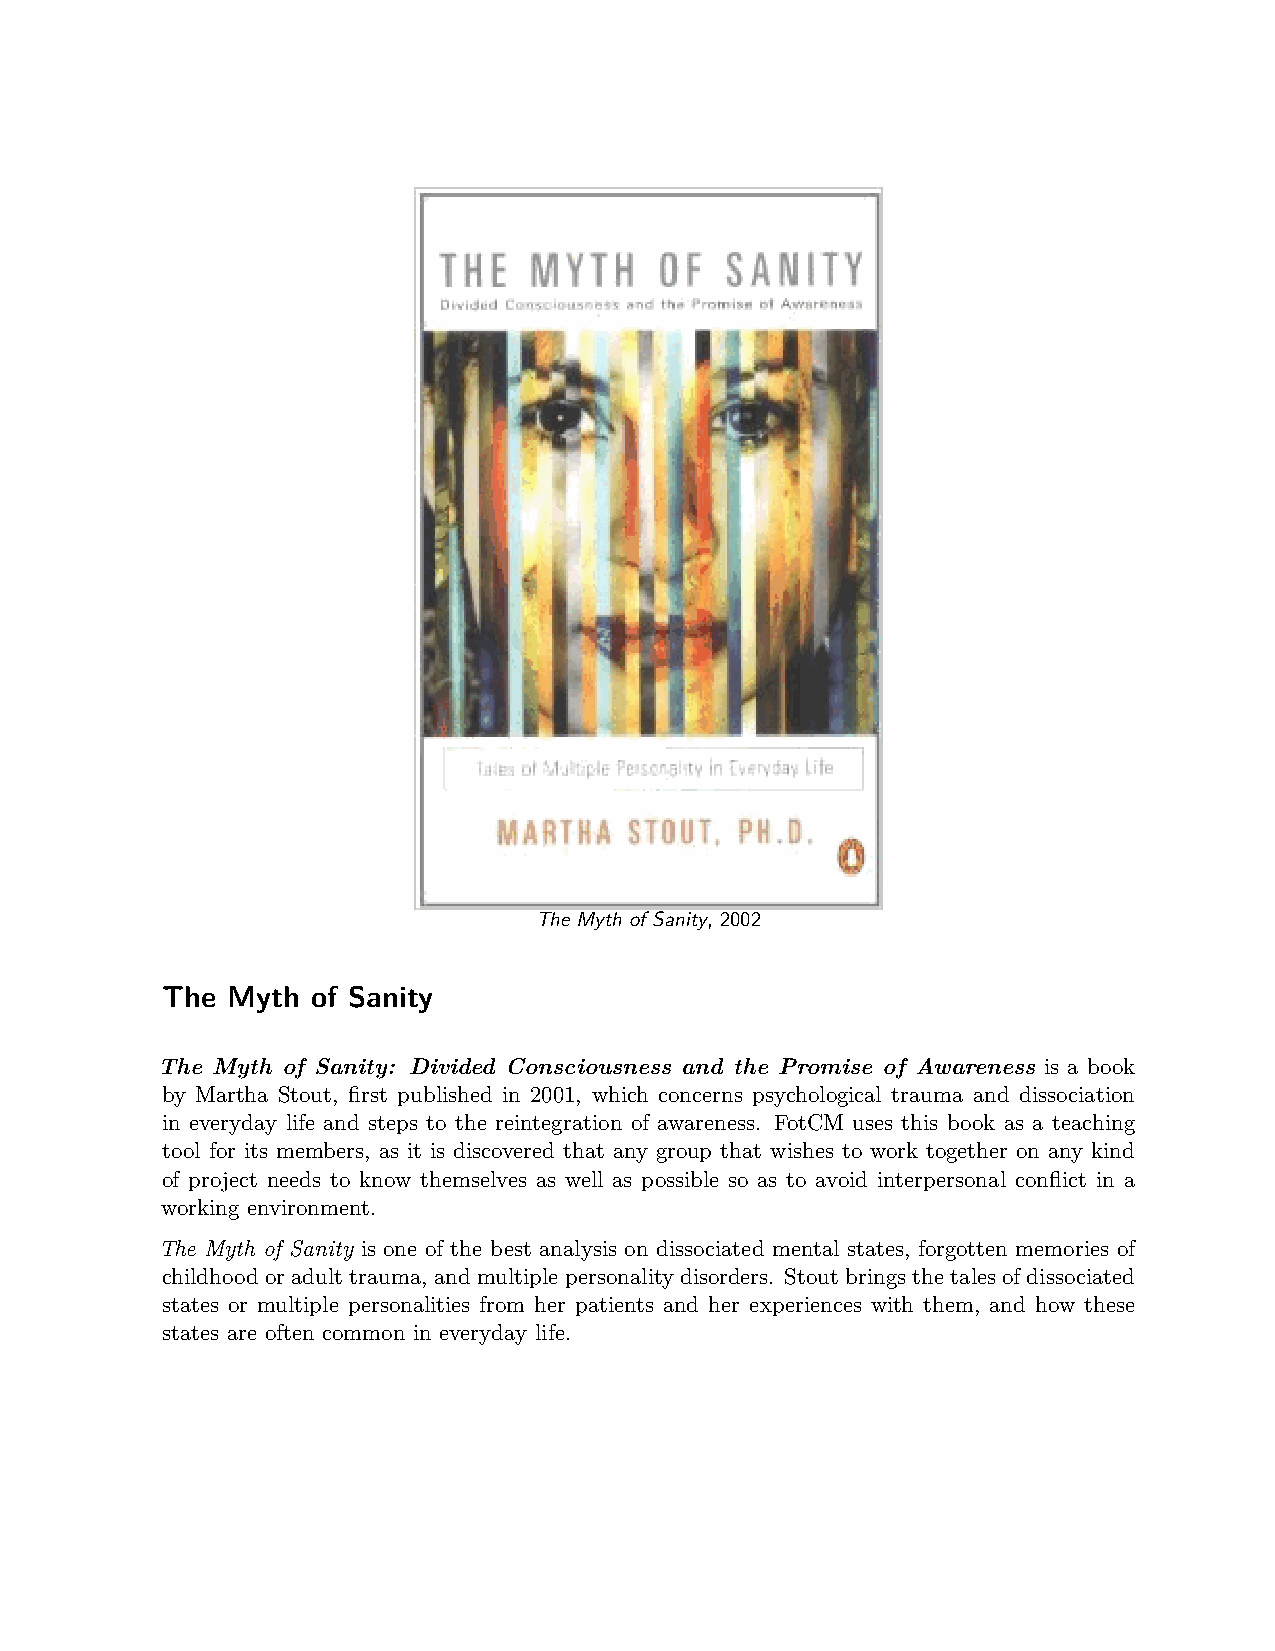
The Myth of Sanity, 2002
 The Myth  of Sanity
 The Myth of Sanity: Divided Consciousness and the Promise of Awareness is a book
 by Martha Stout, first published in 2001, which concerns psychological trauma and dissociation
 in everyday life and steps to the reintegration of awareness. FotCM uses this book as a teaching
 tool for its members, as it is discovered that any group that wishes to work together on any kind
 of project needs to know themselves as well as possible so as to avoid interpersonal conflict in a
 working environment.
 The Myth of Sanity is one of the best analysis on dissociated mental states, forgotten memories of
 childhoodoradulttrauma, andmultiplepersonalitydisorders. Stoutbringsthetalesofdissociated
 states or multiple personalities from her patients and her experiences with them, and how these
 states are often common in everyday life.